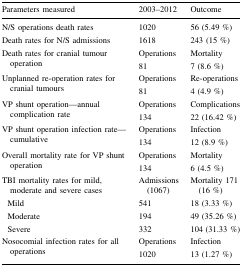
<table><thead><tr><td><b>Parameters measured</b></td><td><b>2003–2012</b></td><td><b>Outcome</b></td></tr></thead><tbody><tr><td>N/S operations death rates</td><td>1020</td><td>56 (5.49 %)</td></tr><tr><td>Death rates for N/S admissions</td><td>1618</td><td>243 (15 %)</td></tr><tr><td>Death rates for cranial tumour operation</td><td>Operations81</td><td>Mortality7 (8.6 %)</td></tr><tr><td>Unplanned re-operation rates for cranial tumours</td><td>Operations81</td><td>Re-operations4 (4.9 %)</td></tr><tr><td>VP shunt operation—annual complication rate</td><td>Operations134</td><td>Complications22 (16.42 %)</td></tr><tr><td>VP shunt operation infection rate—cumulative</td><td>Operations134</td><td>Infection12 (8.9 %)</td></tr><tr><td>Overall mortality rate for VP shunt operation</td><td>Operations134</td><td>Mortality6 (4.5 %)</td></tr><tr><td>TBI mortality rates for mild, moderate and severe cases</td><td>Admissions (1067)</td><td>Mortality 171 (16 %)</td></tr><tr><td> Mild</td><td>541</td><td>18 (3.33 %)</td></tr><tr><td> Moderate</td><td>194</td><td>49 (35.26 %)</td></tr><tr><td> Severe</td><td>332</td><td>104 (31.33 %)</td></tr><tr><td>Nosocomial infection rates for all operations</td><td>Operations1020</td><td>Infection13 (1.27 %)</td></tr></tbody></table>